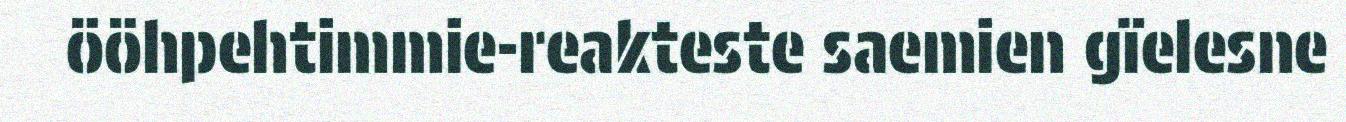
ööhpehtimmie-reakteste saemien gïelesne